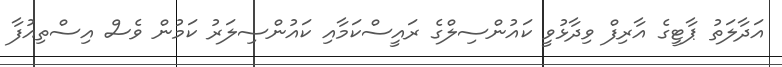
އަދާލަތު ޕާޓީގެ އާރިފް ވިދާޅުވީ ކައުންސިލްގެ ރައީސްކަމާއި ކައުންސިލަރު ކަމުން ވެސް އިސްތިއުފާ